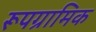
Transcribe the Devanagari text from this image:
रूपग्रामिक